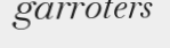
garroters